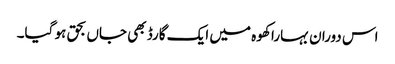
اس دوران بہارا کھوہ میں ایک گارڈ بھی جاں بحق ہو گیا۔